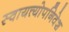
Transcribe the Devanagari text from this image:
स्वायत्त्योपनिवेश